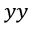
y y